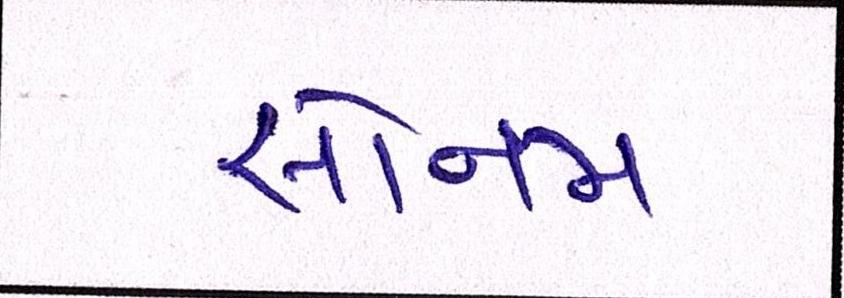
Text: સોનમ